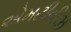
એમટીવીઝ